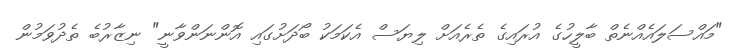
"މައްސަލައެއްނެތް ބާލީހުގެ އުރައިގެ ތެރެއަށް ލިޔަސް އެކަމަކު ބޯދަށުގައި އޮންނަންވާނީ" ނިޒާރުބެ ތެދުވަމުން